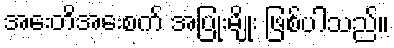
အေးတိအေးစက် အပြုံးမျိုး ဖြစ်ပါသည်။